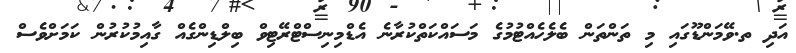
އަދި ތ.ވޭމަންޑޫގައި މި ތަންތަން ބެލެހެއްޓުމުގެ މަސައްކަތްކުރާނެ އެޑްމިނިސްޓްރޭޓިވް ބިލްޑިންގެއް ގާއިމުކުރުން ކަމަށްވެސް